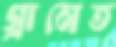
গ্রামেত